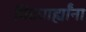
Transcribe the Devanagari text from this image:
विद्यार्ह्यांना